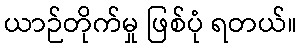
ယာဉ်တိုက်မှု ဖြစ်ပုံ ရတယ်။